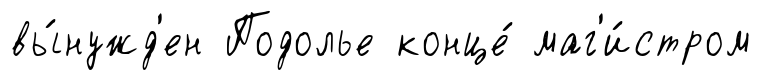
вы́нужд'ен Подолье конце́ маг'и́стром